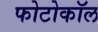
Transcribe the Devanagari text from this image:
फोटोकॉल